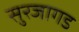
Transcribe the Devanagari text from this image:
सुरजागड